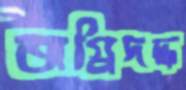
অগ্নিদদ্ধ